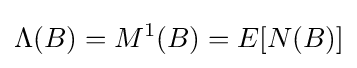
\Lambda (B)=M^{1}(B)=E[{N}(B)]